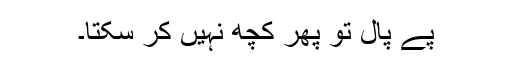
پے پال تو پھر کچھ نہیں کر سکتا۔